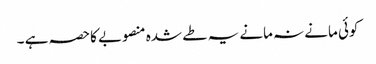
کوئی مانے نہ مانے یہ طے شدہ منصوبے کاحصہ ہے ۔